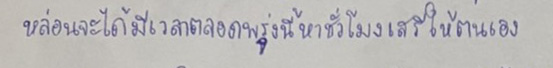
หล่อนจะได้มีเวลาตลอดพรุ่งนี้หาชั่วโมงเสรีให้ตนเอง